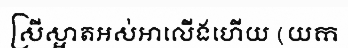
ស្រីស្អាតអស់អាលើងហើយ (យក